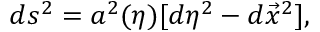
d s ^ { 2 } = a ^ { 2 } ( \eta ) [ d \eta ^ { 2 } - d \vec { x } ^ { 2 } ] ,